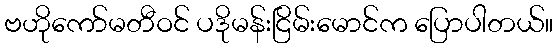
ဗဟိုကော်မတီဝင် ပဒိုမန်းငြိမ်းမောင်က ပြောပါတယ်။